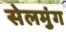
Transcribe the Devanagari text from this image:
सेलमुंग